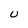
Character: U